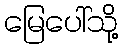
မြေပေါ်သို့